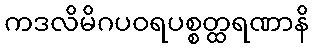
ကဒလိမိဂပဝရပစ္စတ္ထရဏာနိ